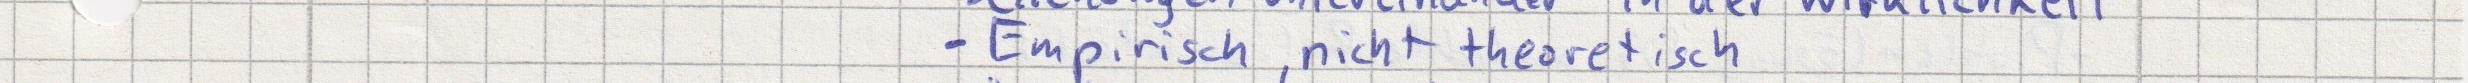
- Empirisch, nicht theoretisch